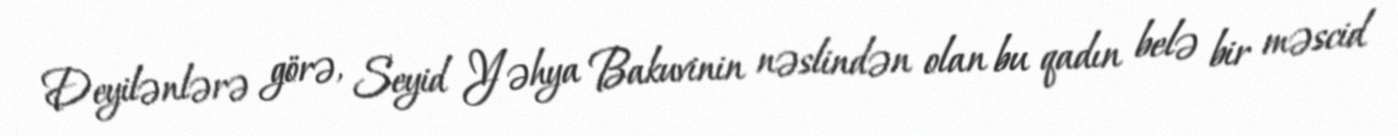
Deyilənlərə görə, Seyid Yəhya Bakuvinin nəslindən olan bu qadın belə bir məscid